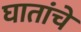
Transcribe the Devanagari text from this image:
घातांचे